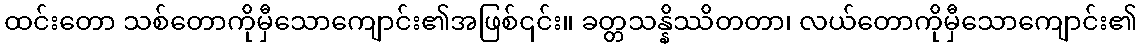
ထင်းတော သစ်တောကိုမှီသောကျောင်း၏အဖြစ်၎င်း။ ခတ္တသန္နိဿိတတာ၊ လယ်တောကိုမှီသောကျောင်း၏